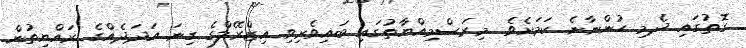
ގޮތުގައި ދެމި ހުންނާނެ ކަމަށެވެ. މިރަސްމިއްޔާތުގައި ބައިވެރިވި އިޒްރޭލްގެ ގިނަ އަދަދެއްގެ ރައްޔިތުން